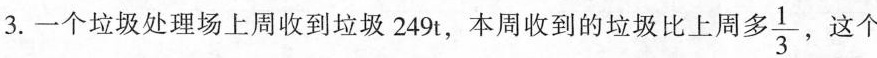
3.一个垃圾处理场上周收到垃圾249t，本周收到的垃圾比上周多\frac{1}{3} ，这个